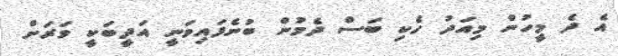
އެ ދެ މީހުން މިއަދު ހެކި ބަސް ދެމުން ބުނެފައިވަނީ އަދީބަކީ ވަރަށް